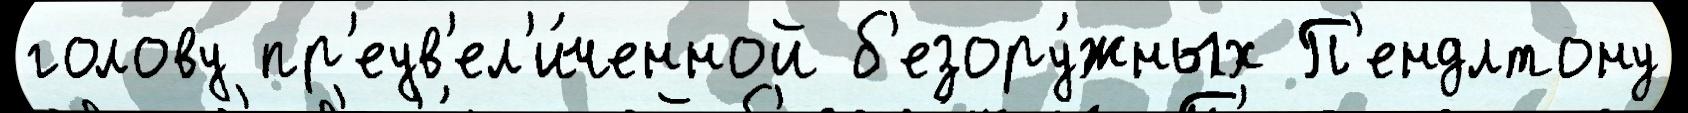
голову пр'еув'ел'и́ченной б'езору́жных П'ендлтону